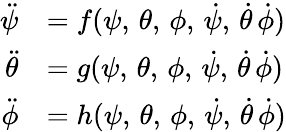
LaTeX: \begin{array}{rl}{\ddot{\psi}}&{=f(\psi,\, \theta,\, \phi,\, \dot{\psi},\, \dot{\theta}\, \dot{\phi})}\\ {\ddot{\theta}}&{=g(\psi,\, \theta,\, \phi,\, \dot{\psi},\, \dot{\theta}\, \dot{\phi})}\\ {\ddot{\phi}}&{=h(\psi,\, \theta,\, \phi,\, \dot{\psi},\, \dot{\theta}\, \dot{\phi})}\end{array}